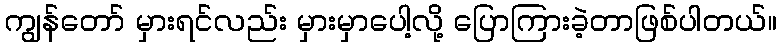
ကျွန်တော် မှားရင်လည်း မှားမှာပေါ့လို့ ပြောကြားခဲ့တာဖြစ်ပါတယ်။